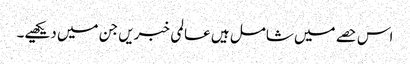
اس حصے میں شامل ہیں عالمی خبریں جن میں دیکھیے۔